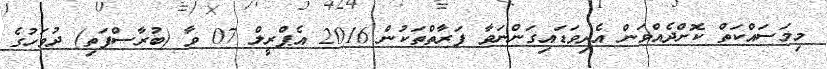
މިމަސައްކަތް ކޮށްދެއްވަން އެދިވަޑައިގަންނަވާ ފަރާތްތަކުން 2016 އެޕްރީލް 07 ވާ (ބުރާސްފަތި) ދުވަހުގެ